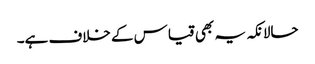
حالانکہ یہ بھی قیاس کے خلاف ہے۔